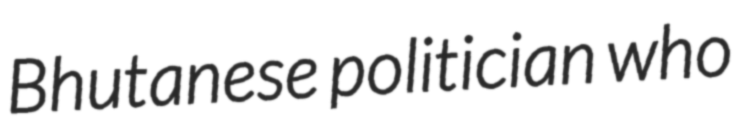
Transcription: Bhutanese politician who